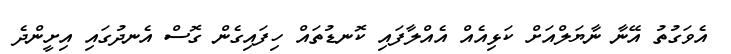
އެވަގުތު އޭނާ ނާޔަލްއަށް ކަޅިއެއް އެއްލާފައި ކޮނޑުތައް ހިފައިގެން ގޮސް އެނދުގައި އިށީންދެ